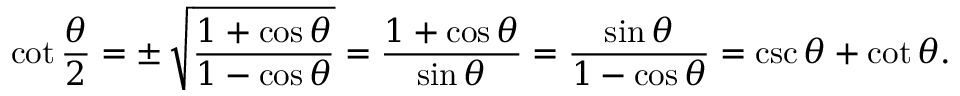
\cot { \frac { \theta } { 2 } } = \pm \, { \sqrt { \frac { 1 + \cos \theta } { 1 - \cos \theta } } } = { \frac { 1 + \cos \theta } { \sin \theta } } = { \frac { \sin \theta } { 1 - \cos \theta } } = \csc \theta + \cot \theta .